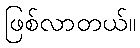
ဖြစ်လာတယ်။